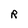
Character: R